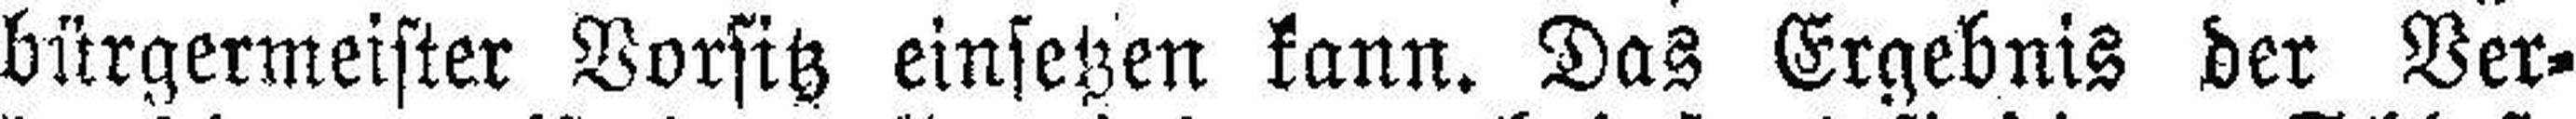
bürgermeister Vorsitz einsetzen kann. Das Ergebnis der Ver¬